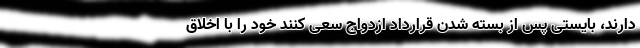
دارند، بایستی پس از بسته شدن قرارداد ازدواج سعی کنند خود را با اخلاق